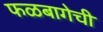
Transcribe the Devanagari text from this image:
फळबागेची